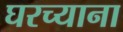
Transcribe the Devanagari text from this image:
घरच्याना